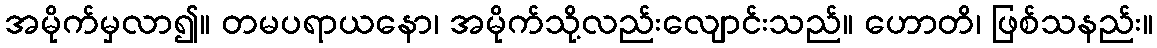
အမိုက်မှလာ၍။ တမပရာယနော၊ အမိုက်သို့လည်းလျောင်းသည်။ ဟောတိ၊ ဖြစ်သနည်း။